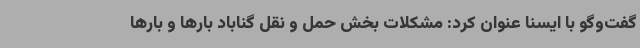
گفت‌وگو با ایسنا عنوان کرد: مشکلات بخش حمل و نقل گناباد بارها و بارها